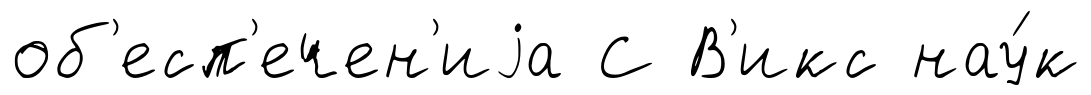
об'есп'ечен'иjа С В'икс нау́к